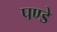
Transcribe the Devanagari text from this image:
पण्डे